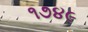
૧૭૪૯